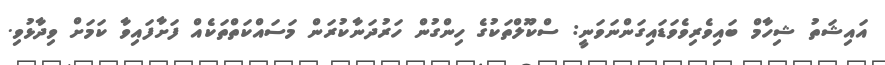
އައިޝަތު ޝިހާމް ބައިވެރިވެވަޑައިގަންނަވަނީ: ސްކޫލްތަކުގެ ހިންގުން ހަރުދަނާކުރަން މަސައްކަތްތަކެއް ފަށާފައިވާ ކަމަށް ވިދާޅުވި.